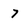
Character: 7